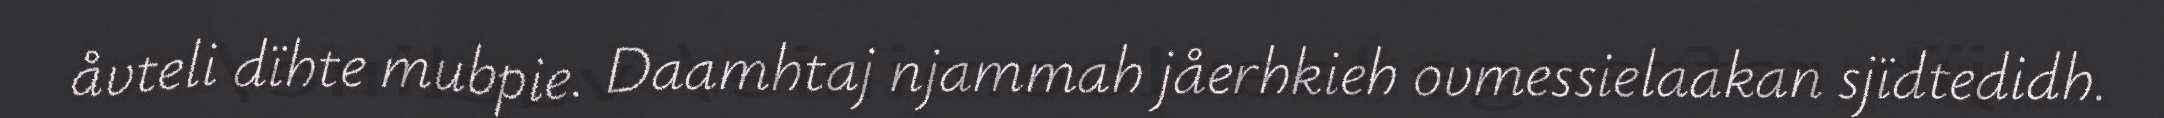
åvteli dïhte mubpie. Daamhtaj njammah jåerhkieh ovmessielaakan sjïdtedidh.